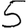
Digit: 5